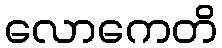
လောကေတိ